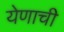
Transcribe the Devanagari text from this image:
येणाची